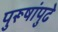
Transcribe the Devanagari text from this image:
पुरूषांपुढे